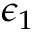
\epsilon _ { 1 }